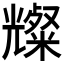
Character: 𪞆